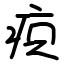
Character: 疻